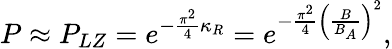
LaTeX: P\approx P_{LZ}=e^{-\frac{\pi^{2}}{4}\kappa_{R}}=e^{-\frac{\pi^{2}}{4}\left(\frac{B}{B_{A}}\right)^{2}},